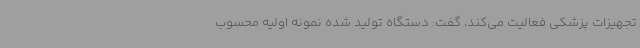
تجهیزات پزشکی فعالیت می‌کند، گفت: دستگاه تولید شده نمونه اولیه محسوب